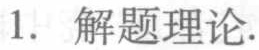
1. 解题理论.